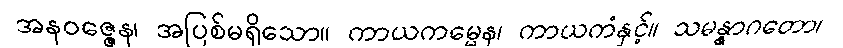
အနဝဇ္ဇေန၊ အပြစ်မရှိသော။ ကာယကမ္မေန၊ ကာယကံနှင့်။ သမန္နာဂတော၊